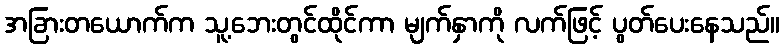
အခြားတယောက်က သူ့ဘေးတွင်ထိုင်ကာ မျက်နှာကို လက်ဖြင့် ပွတ်ပေးနေသည်။